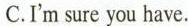
C.I'm sure you have.